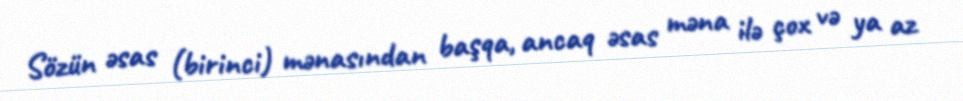
Sözün əsas (birinci) mənasından başqa, ancaq əsas məna ilə çox və ya az